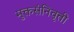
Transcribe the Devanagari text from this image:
मुक्तसंनिवृत्ती